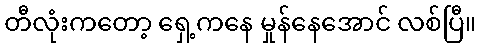
တီလုံးကတော့ ရှေ့ကနေ မှုန်နေအောင် လစ်ပြီ။